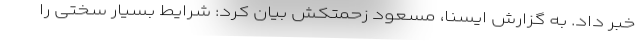
خبر داد. به گزارش ایسنا، مسعود زحمتکش بیان کرد: شرایط بسیار سختی را